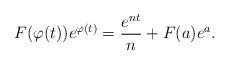
LaTeX: \begin{align*}F(\varphi(t))e^{\varphi(t)}=\frac{e^{nt}}n+F(a)e^{a}.\end{align*}